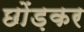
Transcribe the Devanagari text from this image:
छोंड़कर